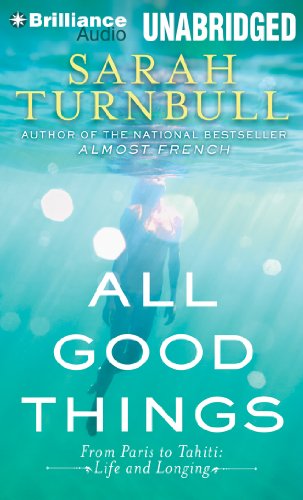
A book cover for All Good Things: From Paris to Tahiti: Life and Longing; Sarah Turnbull; Travel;